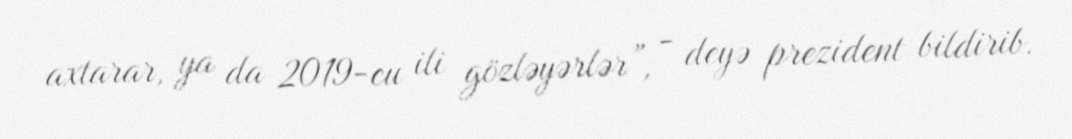
axtarar, ya da 2019-cu ili gözləyərlər”, - deyə prezident bildirib.